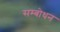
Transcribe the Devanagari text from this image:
सम्‍बोधन